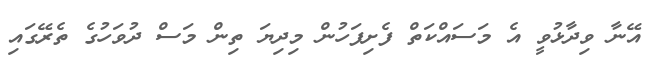
އޭނާ ވިދާޅުވީ އެ މަސައްކަތް ފެށިފަހުން މިދިޔަ ތިން މަސް ދުވަހުގެ ތެރޭގައި